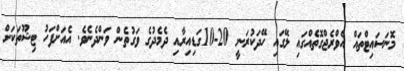
މޮނަސައިޓްތައް އެވްރެޖްގޮތެއްގައި ލޭގައި ހޭދަކުރަނީ 20-10ގަޑިއިރާއި ދެމެދުގެ ވަގުތެން ވަންދެނެވެ. އެއަށްފަހު ޓިޝޫތަކަށް